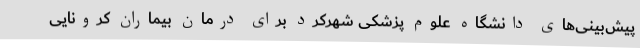
پیش‌بینی‌های دانشگاه علوم پزشکی شهرکرد برای درمان بیماران کرونایی